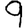
Digit: 9